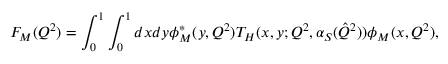
F _ { M } ( Q ^ { 2 } ) = \int _ { 0 } ^ { 1 } \int _ { 0 } ^ { 1 } d x d y \phi _ { M } ^ { * } ( y , Q ^ { 2 } ) T _ { H } ( x , y ; Q ^ { 2 } , \alpha _ { S } ( \hat { Q } ^ { 2 } ) ) \phi _ { M } ( x , Q ^ { 2 } ) ,